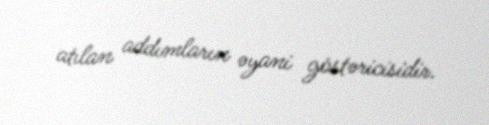
atılan addımların əyani göstəricisidir.